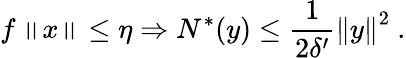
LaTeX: f\left\| x\right\| \le\eta\Rightarrow N^{\ast}(y)\le\frac{1}{2\delta^{\prime}}\left\| y\right\| ^{2}\ .